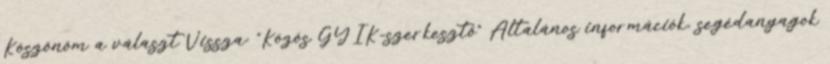
Köszönöm a választ Vissza: “Közös GYIK-szerkesztő” Általános információk, segédanyagok